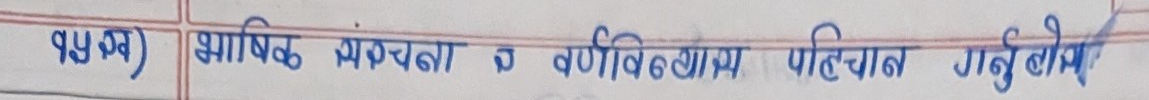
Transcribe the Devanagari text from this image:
१५. ख) भाषिक संरचना व वर्णविन्यास पहिचान गर्नु होस्